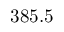
3 8 5 . 5